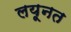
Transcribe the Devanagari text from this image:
लयूनत